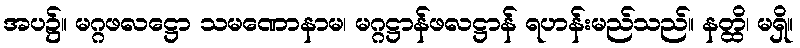
အပ၌။ မဂ္ဂဖလဋ္ဌော သမဏောနာမ၊ မဂ္ဂဋ္ဌာန်ဖလဋ္ဌာန် ရဟန်းမည်သည်။ နတ္ထိ၊ မရှိ။